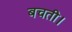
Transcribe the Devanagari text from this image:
बचती।